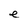
Character: e